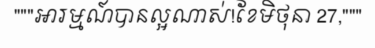
"""អារម្មណ៍បានល្អណាស់!ខែមិថុនា 27,"""